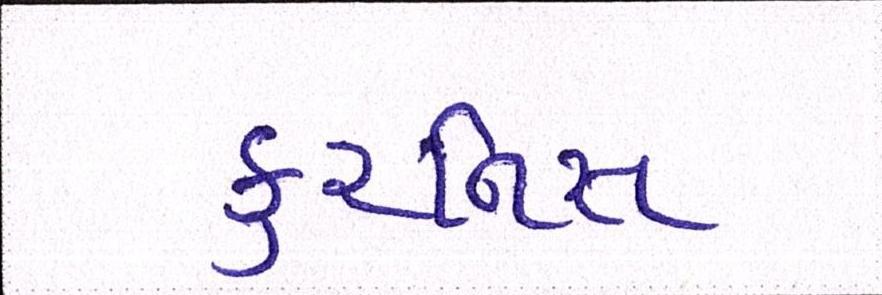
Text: કુરનિસ